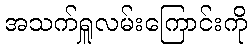
အသက်ရှူလမ်းကြောင်းကို